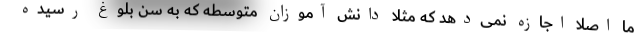
ما اصلا اجازه نمی‌دهد که مثلا دانش آموزان متوسطه که به سن بلوغ رسیده